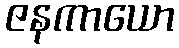
ဇနကာယော